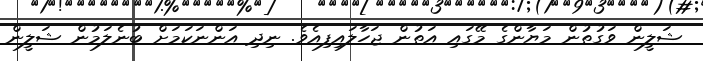
ޝަލީން ވަގުތުން މަޔާންގެ މޭގައި އަތުން ޖަހާލައިފިއެވެ. ނިދި އަންނަކަމަށް ބުނެލަމުން ޝަލީން